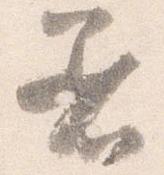
着